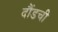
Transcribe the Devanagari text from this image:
दौंडची